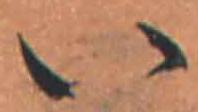
い